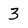
Character: 3